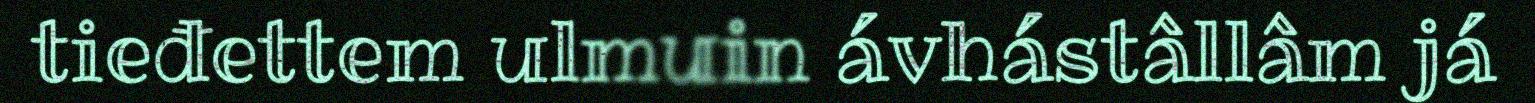
tieđettem ulmuin ávhástâllâm já